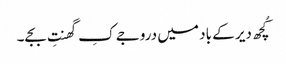
کُچھ دیر کے باد میں دروجے کِ گھنتِ بجے۔